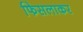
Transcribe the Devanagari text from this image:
फिसलाकर